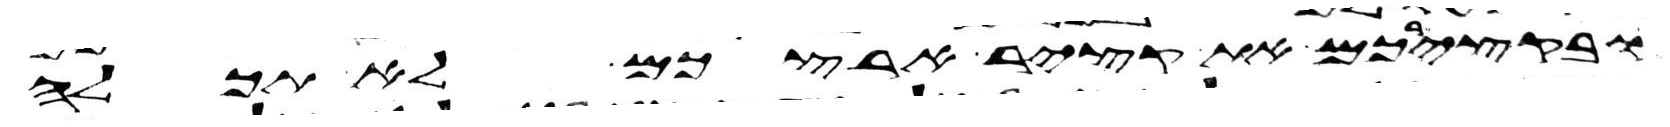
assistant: ובקצירכם את קציר ארצכם לא תכלה